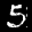
Label: 5